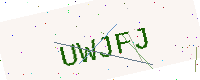
Text: UWJFJ